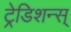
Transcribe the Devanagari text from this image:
ट्रेडिशन्स्‌